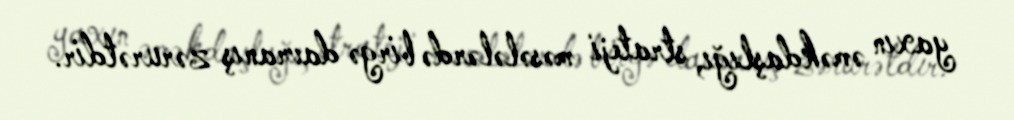
yaxın əməkdaşlığı, strateji məsələlərdə birgə davranış zərurətdir.